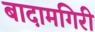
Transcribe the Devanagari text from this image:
बादामगिरी